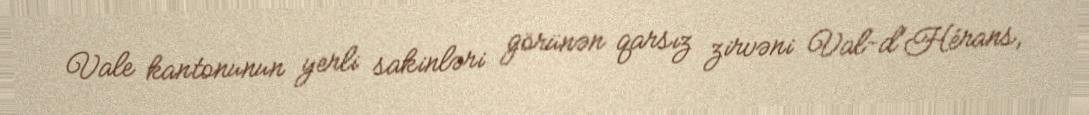
Vale kantonunun yerli sakinləri görünən qarsız zirvəni Val-d'Hérans,